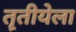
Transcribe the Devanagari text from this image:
तॄतीयेला